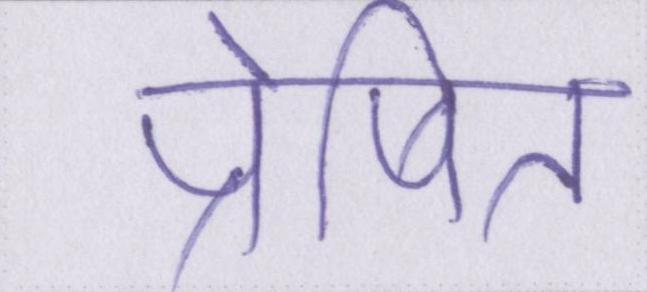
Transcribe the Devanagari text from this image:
प्रेषित